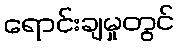
ရောင်းချမှုတွင်